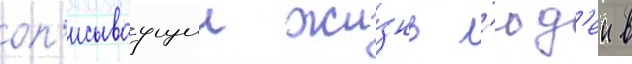
оп'исываущии жи́знь л'юд'еи в